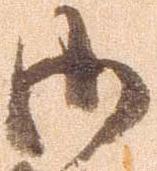
御